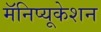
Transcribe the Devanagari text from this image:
मॅनिप्यूकेशन